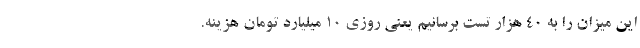
این میزان را به 40 هزار تست برسانیم یعنی روزی 10 میلیارد تومان هزینه.